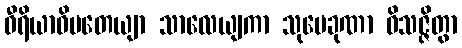
ဝီရိယာဓိပတေယျာ သာလေယျကာ သုပေခုဏာ ဝိသဇ္ဇိတွာ